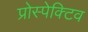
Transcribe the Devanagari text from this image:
प्रोस्पेक्टिव